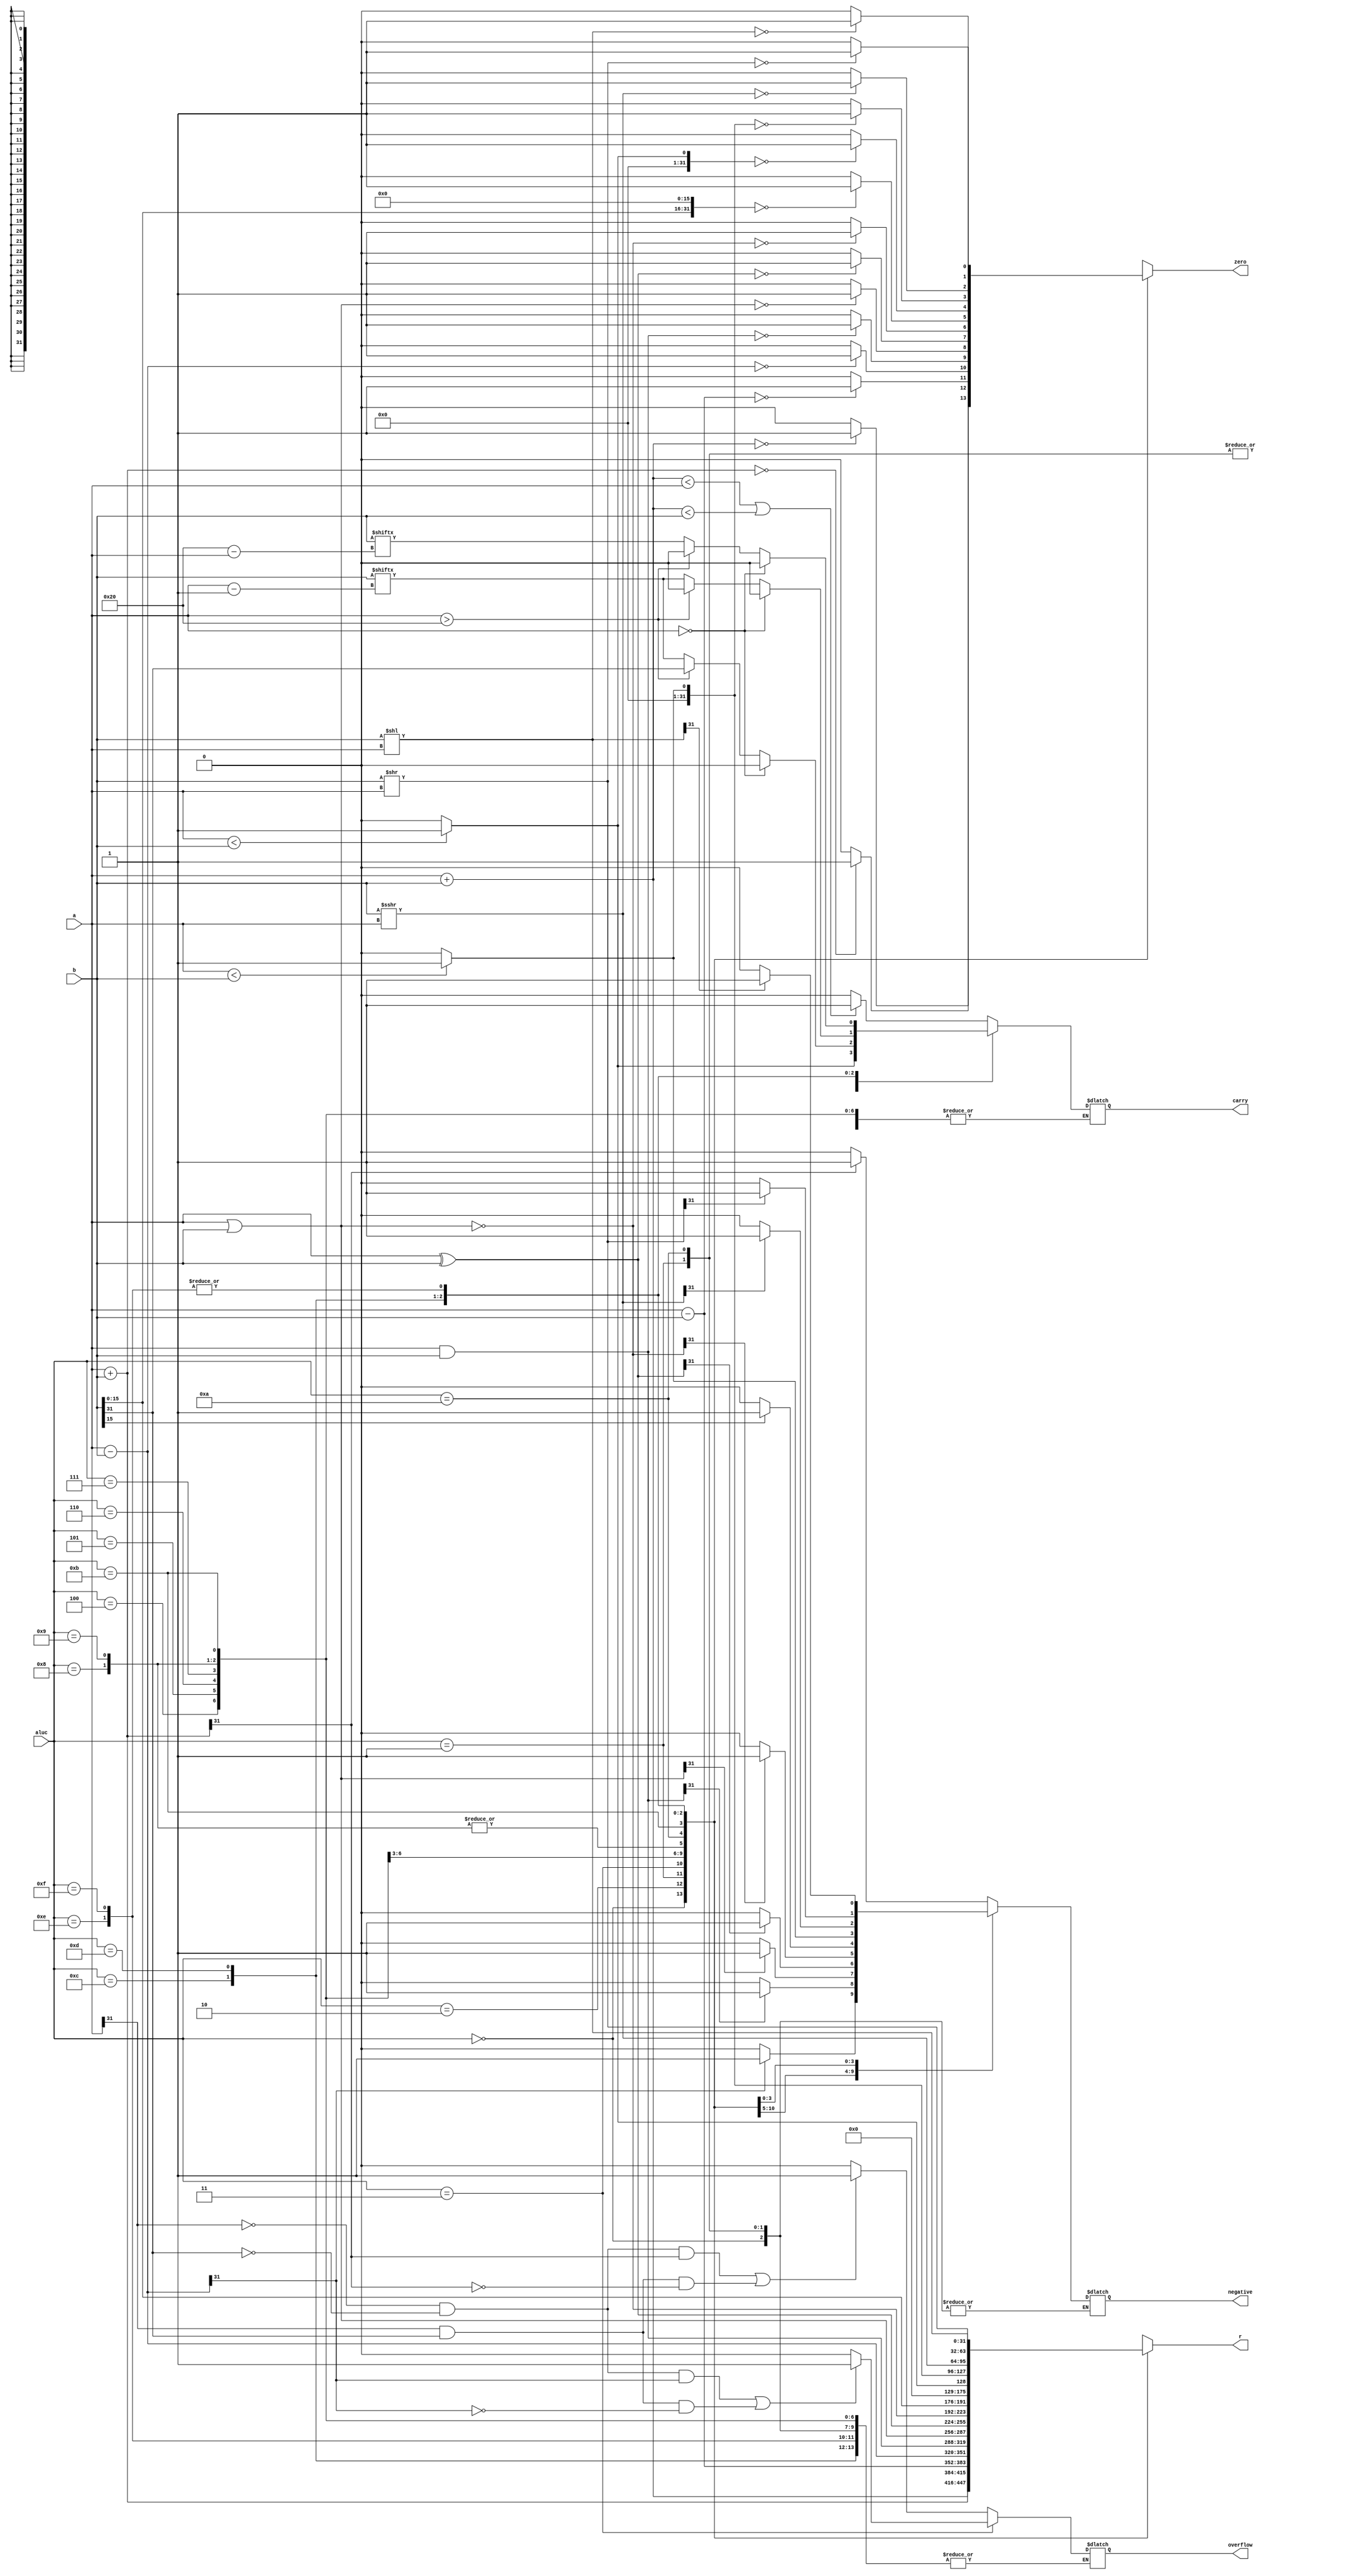
`timescale 1ns / 1ps

module ALU(
     input [31:0] a, 
     input [31:0] b, 
     input [3:0] aluc,   
     output reg [31:0] r,    
     output reg zero,    
     output reg carry,   
     output reg negative,    
     output reg overflow     
    );
    reg [31:0] R_ADDU, R_SUBU, R_AND, R_OR, R_XOR, R_NOR, R_LUI, R_SLTU, R_SRA, R_SLL, R_SRL;
    reg signed [31:0] R_ADD, R_SUB, R_SLT;
    reg signed [31:0] signed_a, signed_b;
        
    always @ (*)
    begin
        signed_a = a;
        signed_b = b;
        R_ADDU = a + b;
        R_ADD = signed_a + signed_b;
        R_SUBU = a - b;
        R_SUB = signed_a - signed_b;
        R_AND = a & b;
        R_OR = a | b;
        R_XOR = a ^ b;
        R_NOR = ~(a | b);
        R_LUI = {b[15:0], 16'h0000};
        R_SLT = (signed_a < signed_b) ? 1 : 0;
        R_SLTU = (a < b) ? 1 : 0;
        R_SRA = signed_b >>> a;
        R_SRL = b >> a;
        R_SLL = b << a;
    end
        
    always @ (*)
        case ({aluc[3], aluc[2], aluc[1], aluc[0]})
            4'b0000:begin
                    r = R_ADDU;
                    zero = (r == 0) ? 1 : 0;
                    carry = (r < a || r < b) ? 1 : 0;
                    //negative = 0;
                    //overflow = 0;
                    end
            4'b0010:begin
                    r = R_ADD;
                    zero = (r == 0) ? 1 : 0;
                    //carry = 0;
                    negative = (r[31] == 1) ? 1 : 0;
                    overflow = (a[31] == 0 && b[31] == 0 && r[31] == 1) || (a[31] == 1 && b[31] == 1 && r[31] == 0) ? 1 : 0;
                    end
            4'b0001:begin
                    r = R_SUBU;
                    zero = (r == 0) ? 1 : 0;
                    carry = (a < b) ? 1 : 0;
                    //negative = 0;
                    //overflow = 0;
                    end
            4'b0011:begin
                    r = R_SUB;
                    zero = (r == 0) ? 1 : 0;
                    //carry = 0;
                    negative = (r[31] == 1) ? 1 : 0;
                    overflow = (a[31] ==0 && b[31] == 0 && r[31] == 1) || (a[31] == 1 && b[31] == 1 && r[31] == 0) ? 1 : 0;
                    end
            4'b0100:begin
                    r = R_AND;
                    zero = (r == 0) ? 1 : 0;
                    //carry = 0;
                    negative = (r[31] == 1) ? 1 : 0;
                    //overflow = 0;
                    end
            4'b0101:begin
                    r = R_OR;
                    zero = (r == 0) ? 1 : 0;
                    //carry = 0;
                    negative = (r[31] == 1) ? 1 : 0;
                    //overflow = 0;
                    end
            4'b0110:begin
                    r = R_XOR;
                    zero = (r == 0) ? 1 : 0;
                    //carry = 0;
                    negative = (r[31] == 1) ? 1 : 0;
                    //overflow = 0;
                    end
            4'b0111:begin
                    r = R_NOR;
                    zero = (r == 0) ? 1 : 0;
                    //carry = 0;
                    negative = (r[31] == 1) ? 1 : 0;
                    //overflow = 0;
                    end
            4'b1000:begin
                    r = R_LUI;
                    zero = (r == 0) ? 1 : 0;
                    //carry = 0;
                    negative = (r[31] == 1) ? 1 : 0;
                    //overflow = 0;
                    end
            4'b1001:begin
                    r = R_LUI;
                    zero = (r == 0) ? 1 : 0;
                    //carry = 0;
                    negative = (r[31] == 1) ? 1 : 0;
                    //overflow = 0;
                    end
            4'b1010:begin
                    r = R_SLTU;
                    zero = (r == 0) ? 1 : 0;
                    carry = (a < b) ? 1 : 0;
                    //negative = 0;
                    //overflow = 0;
                    end
            4'b1011:begin
                    r = R_SLT;
                    zero = (r == 0) ? 1 : 0;
                    //carry = 0;
                    negative = (signed_a < signed_b) ? 1 : 0;
                    //overflow = 0;
                    end
            4'b1100:begin
                    r = R_SRA;
                    zero = (r == 0) ? 1 : 0;
                    if(a == 0)
                        carry = 0;
                    else if(a > 6'b100000)
                        carry = b[31];
                    else             
                        carry = b[a-1];
                    negative = (r[31] == 1) ? 1 : 0;
                    //overflow = 0;
                    end
            4'b1101:begin
                    r = R_SRL;
                    zero =(r == 0) ? 1 : 0;
                    if(a == 0)
                        carry = 0;
                    else if(a > 6'b100000)
                        carry = 0;
                    else            
                        carry = b[a-1];
                    negative = (r[31] == 1) ? 1 : 0;
                    //overflow = 0;
                    end
            4'b1110:begin
                    r = R_SLL;
                    zero = (r == 0) ? 1 : 0;
                    if(a == 0)
                        carry = 0;
                    else if(a > 6'b100000)
                        carry = 0;
                    else            
                        carry = b[32-a];
                    negative = (r[31] == 1) ? 1 : 0;
                    //overflow = 0;
                    end
            4'b1111:begin
                    r = R_SLL;
                    zero = (r == 0) ? 1 : 0;
                    if(a == 0)
                        carry = 0;
                    else if(a > 6'b100000)
                        carry = 0;
                    else            
                        carry = b[32-a];
                    negative = (r[31] == 1) ? 1 : 0;
                    //overflow = 0;
                    end
        endcase
        
endmodule